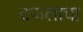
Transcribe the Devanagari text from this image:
टपालाचा